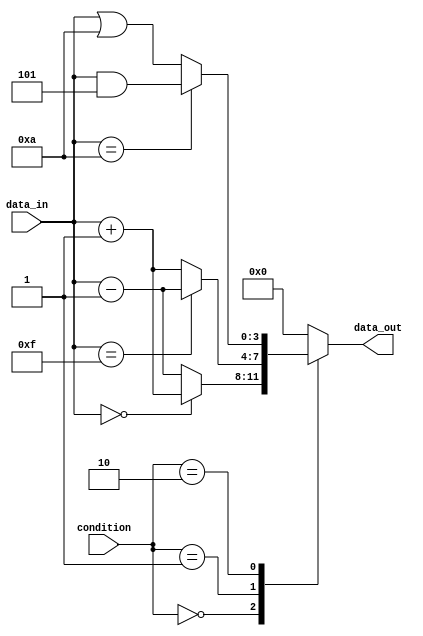
module case_if_else (
    input wire [1:0] condition,
    input wire [3:0] data_in,
    output reg [3:0] data_out
);

always @(*) begin
    case (condition)
        2'b00: begin
            if (data_in == 4'b0000)
                data_out = data_in + 1;
            else
                data_out = data_in - 1;
        end
        2'b01: begin
            if (data_in == 4'b1111)
                data_out = data_in - 1;
            else
                data_out = data_in + 1;
        end
        2'b10: begin
            if (data_in == 4'b1010)
                data_out = data_in & 4'b0101;
            else
                data_out = data_in | 4'b1010;
        end
        default: begin
            data_out = 4'b0000;
        end
    endcase
end

endmodule